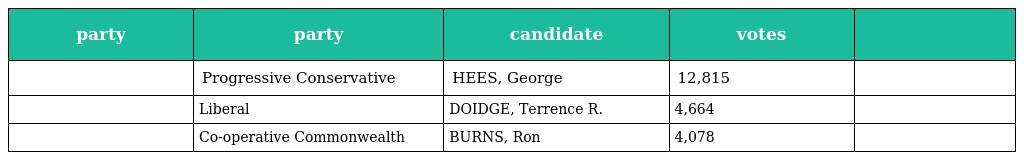
| party | party | candidate | votes |  |
 | --- | --- | --- | --- | --- |
 |  | Progressive Conservative | HEES, George | 12,815 |  |
 |  | Liberal | DOIDGE, Terrence R. | 4,664 |  |
 |  | Co-operative Commonwealth | BURNS, Ron | 4,078 |  |